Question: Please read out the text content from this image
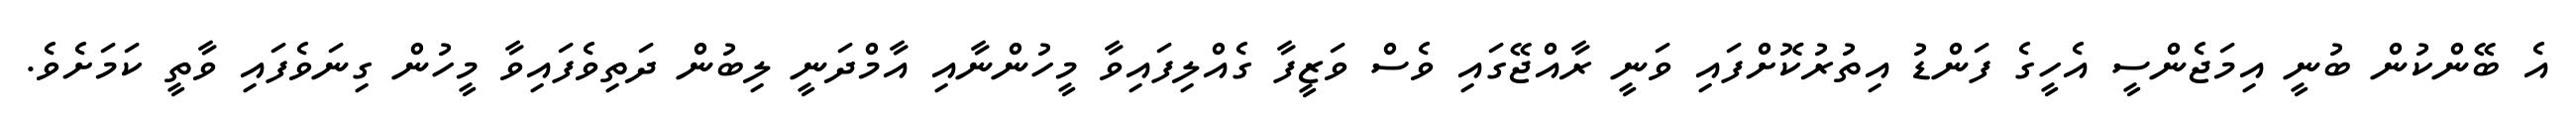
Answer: އެ ބޭންކުން ބުނީ އިމަޖެންސީ އެހީގެ ފަންޑު އިތުރުކޮށްފައި ވަނީ ރާއްޖޭގައި ވެސް ވަޒީފާ ގެއްލިފައިވާ މީހުންނާއި އާމްދަނީ ލިބުން ދަތިވެފައިވާ މީހުން ގިނަވެފައި ވާތީ ކަމަށެވެ.